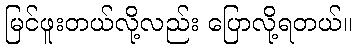
မြင်ဖူးတယ်လို့လည်း ပြောလို့ရတယ်။